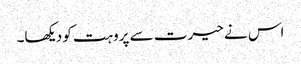
اس نے حیرت سے پروہت کو دیکھا۔